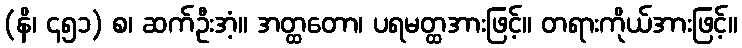
(နိ၊ ၄၅၁) စ၊ ဆက်ဦးအံ့။ အတ္ထတော၊ ပရမတ္ထအားဖြင့်။ တရားကိုယ်အားဖြင့်။